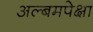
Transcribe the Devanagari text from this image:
अल्बमपेक्षा